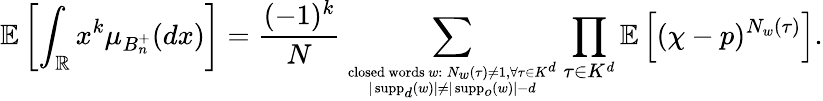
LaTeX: \mathbb{E}\left[\int_{\mathbb{R}}x^{k}\mu_{B_{n}^{+}}(dx)\right]=\frac{(-1)^{k}}{N}\sum_{\substack{\mathrm{closed~words~}w:\, N_{w}(\tau)\neq 1,\forall\tau\in K^{d}\atop|\operatorname{supp}_{d}(w)|\neq|\operatorname{supp}_{o}(w)|-d}}\prod_{\tau\in K^{d}}\mathbb{E}\left[(\chi-p)^{N_{w}(\tau)}\right].